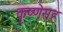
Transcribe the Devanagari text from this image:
कृष्णेसह